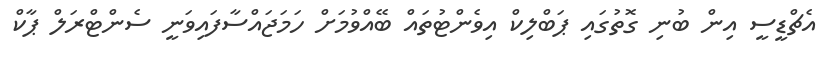
އެޗްޑީސީ އިން ބުނި ގޮތުގައި ޕަބްލިކް އިވެންޓުތައް ބޭއްވުމަށް ހަމަޖައްސާފައިވަނީ ސެންޓްރަލް ޕާާކް